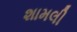
શામલી